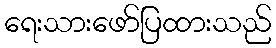
ရေးသားဖော်ပြထားသည်